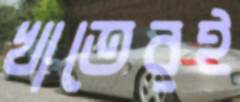
খাতেরই